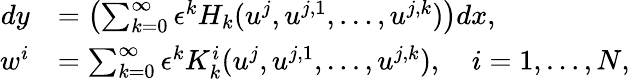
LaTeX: \begin{array}{rl}{dy}&{=\left(\sum_{k=0}^{\infty}\epsilon^{k}H_{k}(u^{j},u^{j,1},\ldots,u^{j,k})\right)dx,}\\ {w^{i}}&{=\sum_{k=0}^{\infty}\epsilon^{k}K_{k}^{i}(u^{j},u^{j,1},\ldots,u^{j,k}),\quad i=1,\ldots,N,}\end{array}